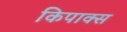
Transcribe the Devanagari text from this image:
किपाक्स